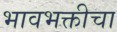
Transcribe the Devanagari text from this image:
भावभक्तीचा